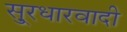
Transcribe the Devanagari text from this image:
सु्रधारवादी